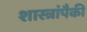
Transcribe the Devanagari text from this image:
शास्त्रांपैकी